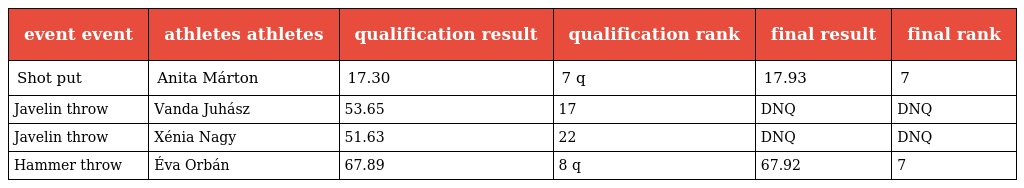
| event event | athletes athletes | qualification result | qualification rank | final result | final rank |
 | --- | --- | --- | --- | --- | --- |
 | Shot put | Anita Márton | 17.30 | 7 q | 17.93 | 7 |
 | Javelin throw | Vanda Juhász | 53.65 | 17 | DNQ | DNQ |
 | Javelin throw | Xénia Nagy | 51.63 | 22 | DNQ | DNQ |
 | Hammer throw | Éva Orbán | 67.89 | 8 q | 67.92 | 7 |